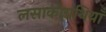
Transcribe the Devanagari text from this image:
लसाकाग्रंथियाँ